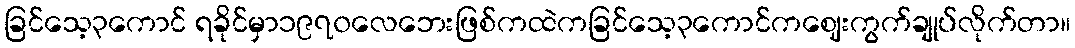
ခြင်သေ့၃ကောင် ရခိုင်မှာ၁၉၇၀လေဘေးဖြစ်ကထဲကခြင်သေ့၃ကောင်ကဈေးကွက်ချုပ်လိုက်တာ။